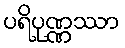
ပရိပုဏ္ဏဿာ